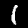
Label: 1